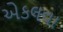
એકલવા